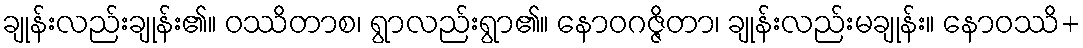
ချုန်းလည်းချုန်း၏။ ဝဿိတာစ၊ ရွာလည်းရွာ၏။ နောဝဂဇ္ဇိတာ၊ ချုန်းလည်းမချုန်း။ နောဝဿိ+